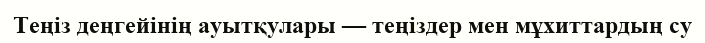
Теңіз деңгейінің ауытқулары — теңіздер мен мұхиттардың су